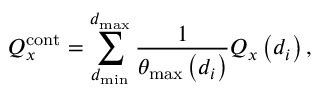
Q _ { x } ^ { \mathrm { c o n t } } = \sum _ { d _ { \mathrm { m i n } } } ^ { d _ { \mathrm { m a x } } } \frac { 1 } { \theta _ { \mathrm { m a x } } \left( d _ { i } \right) } Q _ { x } \left( d _ { i } \right) ,